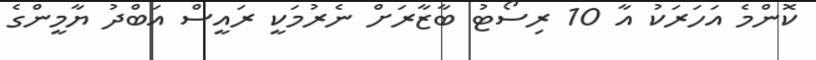
ކޮންމެ އަހަރަކު އާ 10 ރިސޯޓު ބާޒާރަށް ނެރުމަކީ ރައީސް އަބްދު ޔާމީންގެ